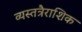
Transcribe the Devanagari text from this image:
व्यस्तत्रैराशिक